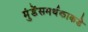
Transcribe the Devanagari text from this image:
मुंडेंसमर्थकाकडे